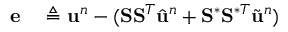
\begin{array} { r l } { \mathbf { e } } & { { } \triangleq \ensuremath { \mathbf { u } } ^ { n } - ( \mathbf { S } \mathbf { S } ^ { T } \hat { \ensuremath { \mathbf { u } } } ^ { n } + \mathbf { S } ^ { \ast } \mathbf { S } ^ { \ast T } \Tilde { \ensuremath { \mathbf { u } } } ^ { n } ) } \end{array}